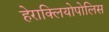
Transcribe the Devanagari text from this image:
हेराक्लियोपोलिस